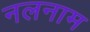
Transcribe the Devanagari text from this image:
नलनाम